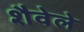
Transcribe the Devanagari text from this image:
शैवेले